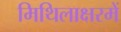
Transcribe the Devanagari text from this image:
मिथिलाक्षरमें